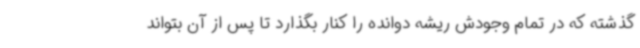
گذشته که در تمام وجودش ریشه دوانده را کنار بگذارد تا پس از آن بتواند